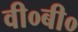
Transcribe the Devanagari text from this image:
वी०बी०